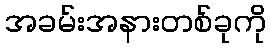
အခမ်းအနားတစ်ခုကို